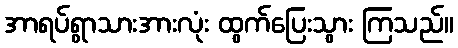
အာရပ်ရွာသားအားလုံး ထွက်ပြေးသွား ကြသည်။